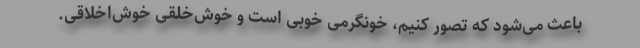
باعث می‌شود که تصور کنیم، خونگرمی خوبی است و خوش‌خلقی خوش‌اخلاقی.